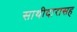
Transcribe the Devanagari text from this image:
साथीदारासह